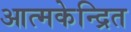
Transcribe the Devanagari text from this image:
आत्मकेन्द्रित